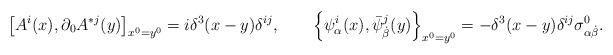
LaTeX: \begin{align*}\left[A^i(x), \partial_0A^{*j}(y)\right]_{x^0=y^0}=i \delta^3(x-y)\delta^{ij}, \qquad \left\{\psi^i_\alpha(x), \bar \psi^{j}_{ \dot \beta}(y)\right\}_{x^0=y^0}=- \delta^3(x-y)\delta^{ij}\sigma^0_{\alpha \dot \beta} .\end{align*}